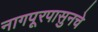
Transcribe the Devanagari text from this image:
नागपूरपासुनचे